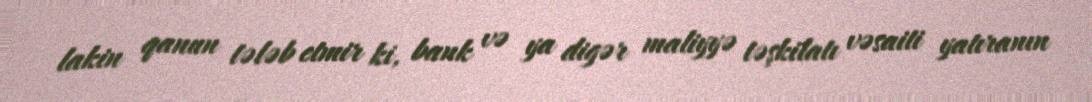
lakin qanun tələb etmir ki, bank və ya digər maliyyə təşkilatı vəsaiti yatıranın